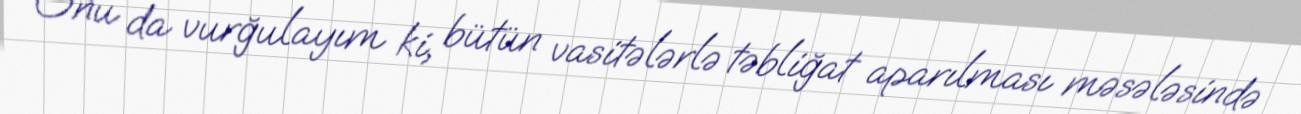
Onu da vurğulayım ki, bütün vasitələrlə təbliğat aparılması məsələsində